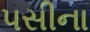
પસીના